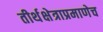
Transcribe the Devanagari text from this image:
तीर्थक्षेत्राप्रमाणेच